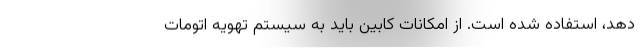
دهد، استفاده شده است. از امکانات کابین باید به سیستم تهویه اتومات